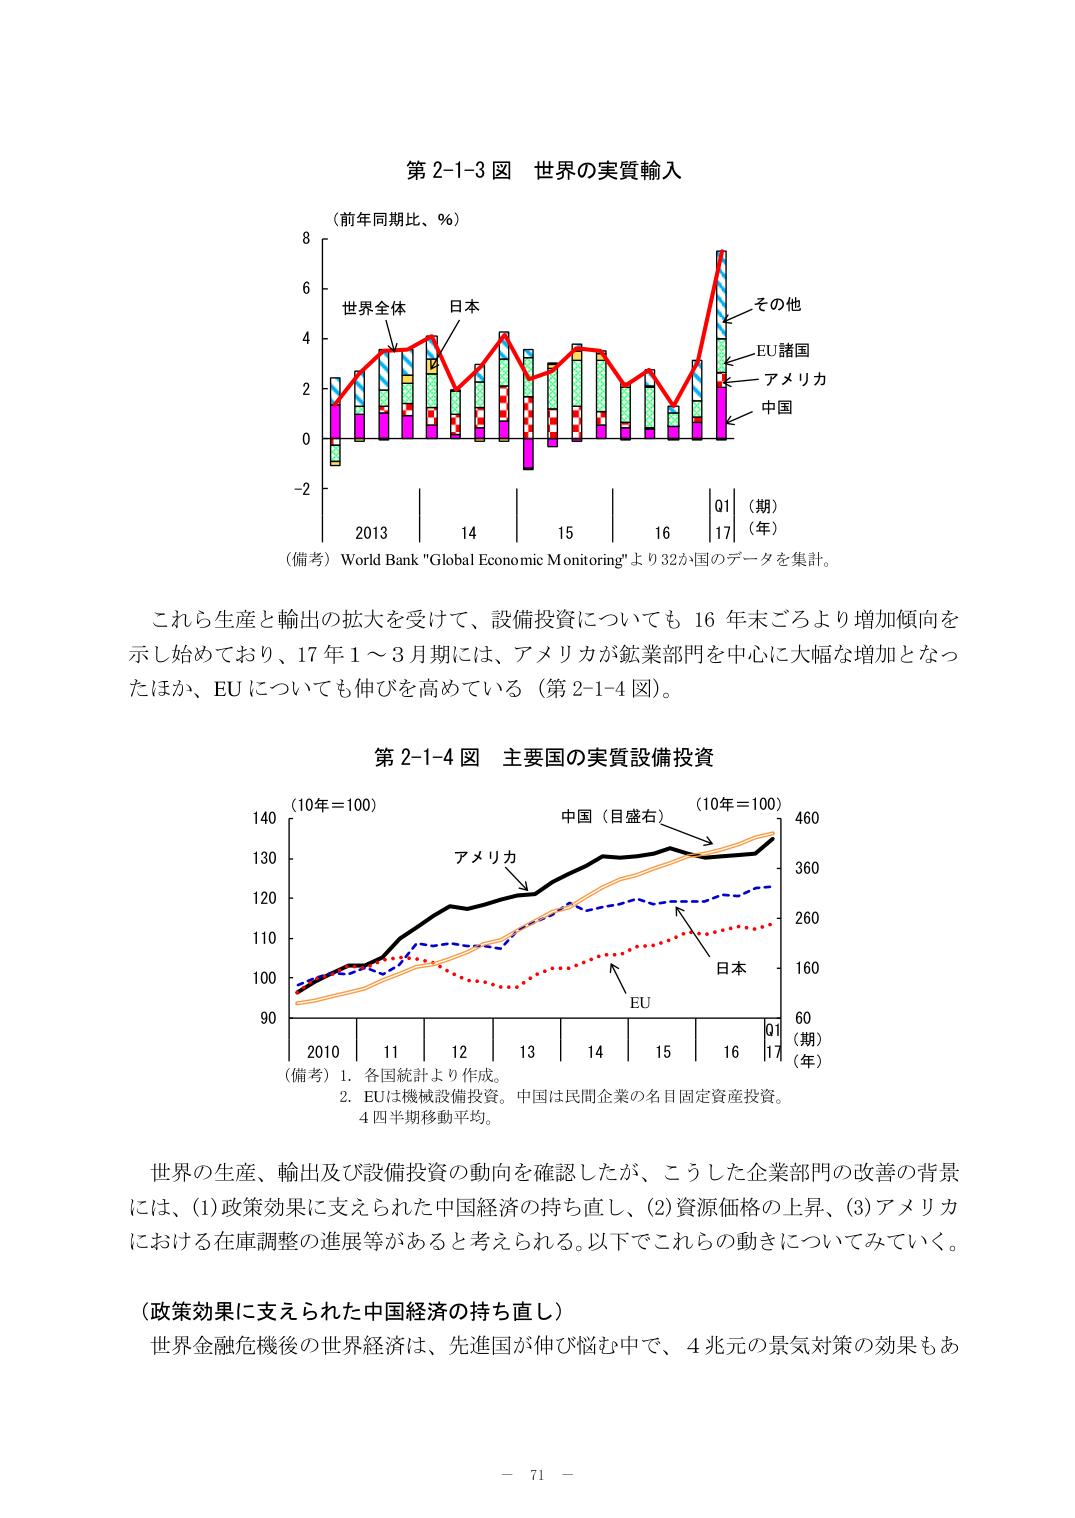
第2-1-3図 世界の実質輸入

（前年同期比、％）

8
6
4
2
0
-2

世界全体
日本
その他
EU諸国
アメリカ
中国

2013 14 15 16 Q1 17
（期）（年）

（備考）World Bank "Global Economic Monitoring"より32か国のデータを集計。

これら生産と輸出の拡大を受けて、設備投資についても16年末ごろより増加傾向を示し始めており、17年1～3月期には、アメリカが鉱業部門を中心に大幅な増加となったほか、EUについても伸びを高めている（第2-1-4図）。

第2-1-4図 主要国の実質設備投資

（10年＝100）  （10年＝100）
140
130
120
110
100
90

中国（目盛右）
アメリカ
EU
日本

2010 11 12 13 14 15 16 Q1 17
（期）（年）

（備考）1. 各国統計より作成。
2. EUは機械設備投資。中国は民間企業の名目固定資産投資。
4四半期移動平均。

世界の生産、輸出及び設備投資の動向を確認したが、こうした企業部門の改善の背景には、(1)政策効果に支えられた中国経済の持ち直し、(2)資源価格の上昇、(3)アメリカにおける在庫調整の進展等があると考えられる。以下でこれらの動きについてみていく。

（政策効果に支えられた中国経済の持ち直し）
世界金融危機後の世界経済は、先進国が伸び悩む中で、4兆元の景気対策の効果もあ

－ 71 －